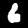
Digit: 6